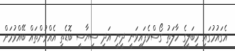
އެގައުމުގައި މިބަލީގެ ހާލަތު ގޯސްވެފައިވަނީ ދީނީ އަދި ސިޔާސީ ބޮޑެތި އެއްވުންތައް ބޭއްވުމަށް